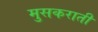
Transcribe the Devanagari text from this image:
मुसकराती